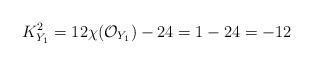
LaTeX: \begin{align*}K_{Y_1}^2=12\chi(\mathcal{O}_{Y_1})-24=1-24=-12\end{align*}